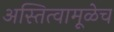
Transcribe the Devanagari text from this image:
अस्तित्वामूळेच